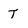
Character: t